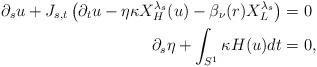
LaTeX: \begin{align*} \partial_s u + J_{s,t}\left(\partial_t u-\eta \kappa X^{\lambda_s}_H(u)-\beta_\nu(r)X^{\lambda_s}_L\right)&=0\\ \partial_s \eta + \int_{S^1} \kappa H(u)dt&=0,\end{align*}